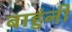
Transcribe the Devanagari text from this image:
बाहुंनी